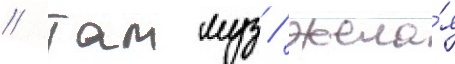
// Таммуз / жела́я